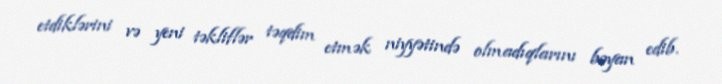
etdiklərini və yeni təkliflər təqdim etmək niyyətində olmadıqlarını bəyan edib.